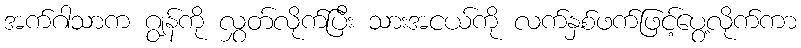
အက်ဂါသာက ဂျွန်ကို လွှတ်လိုက်ပြီး သားအငယ်ကို လက်နှစ်ဖက်ဖြင့်ပွေ့လိုက်ကာ